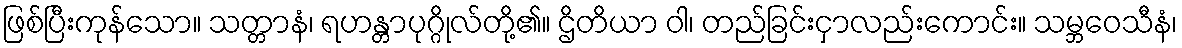
ဖြစ်ပြီးကုန်သော။ သတ္တာနံ၊ ရဟန္တာပုဂ္ဂိုလ်တို့၏။ ဌိတိယာ ဝါ၊ တည်ခြင်းငှာလည်းကောင်း။ သမ္ဘဝေသီနံ၊